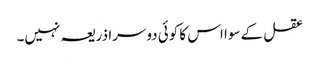
عقل کے سوا اس کا کوئی دوسرا ذریعہ نہیں۔